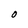
Character: O